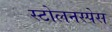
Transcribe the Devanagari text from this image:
स्टोलनस्पेस